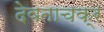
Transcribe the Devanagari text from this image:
देवताचक्र